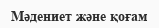
Мәдениет және қоғам